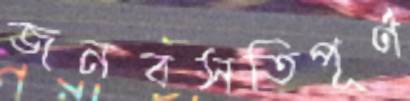
জনবসতিপূর্ণ